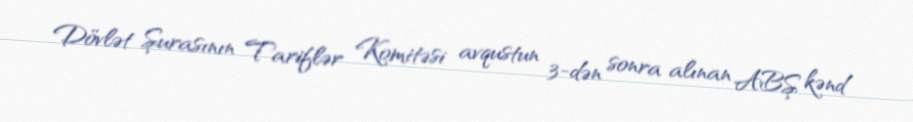
Dövlət Şurasının Tariflər Komitəsi avqustun 3-dən sonra alınan ABŞ kənd